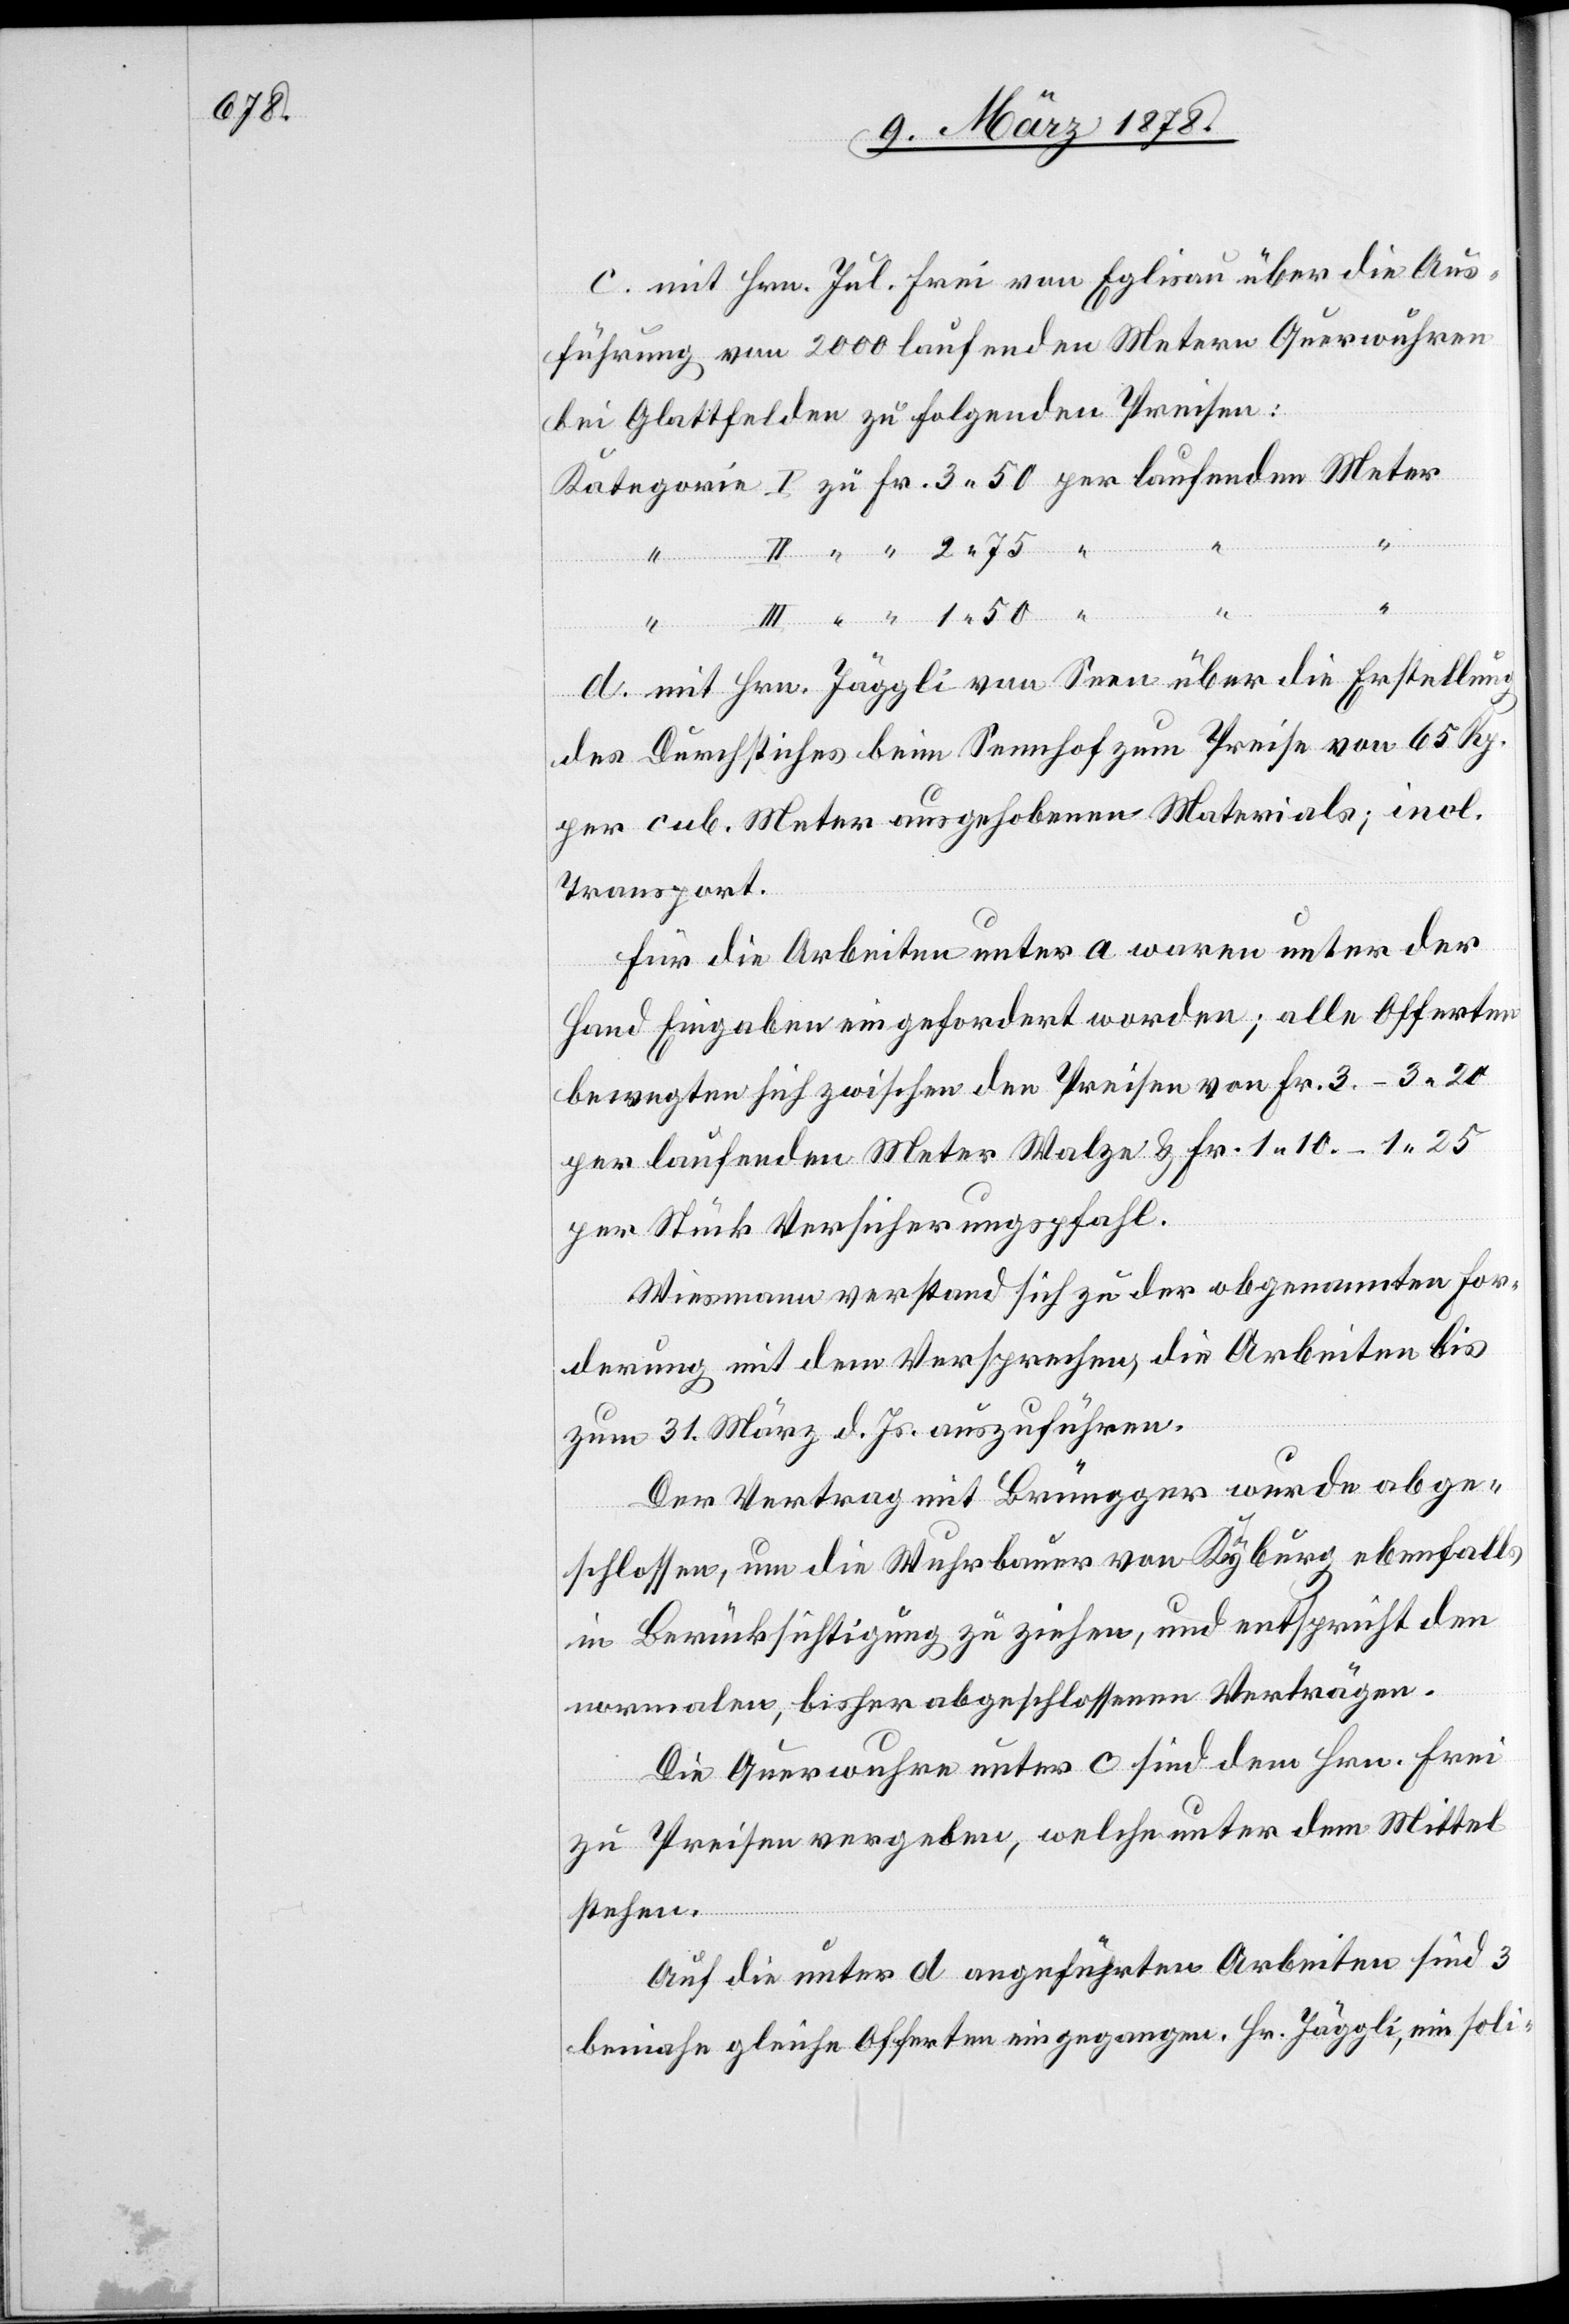
c. mit Hrn. Jul. Frei von Eglisau über die Aus¬
führung von 2000 laufenden Metern Querwuhren
bei Glattfelden zu folgenden Preisen:
2.
1.
d. mit Hr. Jäggli von Seen über die Erstellung
des Durchstiches beim Sennhof um Preise von 65 Rp.
per cub. Meter ausgehobenen Materials; incl.
Transport.
Für die Arbeiten unter a waren unter der
Hand Eingaben eingefordert worden; alle Offerten
bewegten sich zwischen den Preisen von Fr. 3 – 3. 20
per laufenden Meter Walze & Fr. 1. 10 – 1.25
per Stück Versicherungsfall.
Wiesmann verstand sich zu der abgenannten For¬
derung mit dem Versprechen, die Arbeiten bis
zum 31. März d. Js. auszuführen.
Der Vertrag mit Brüngger wurde abge¬
schlossen, um die Wuhrbauer von Kyburg ebenfalls
in Berücksichtigung zu ziehen, und entspricht den
normalen, bisher abgeschlossenen Verträgen.
Die Querwuhre unter O sind dem Hrn. Frei
zu Preisen vergeben, welche unter dem Mittel
stehen.
Auf die unter d angeführten Arbeiten sind 3
beinahe gleiche Offerten eingegangen. Hr. Jäggli, ein soli-